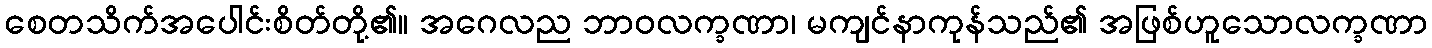
စေတသိက်အပေါင်းစိတ်တို့၏။ အဂေလည ဘာဝလက္ခဏာ၊ မကျင်နာကုန်သည်၏ အဖြစ်ဟူသောလက္ခဏာ